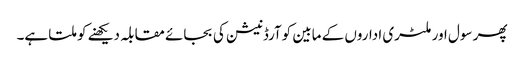
پھر سول اور ملٹری اداروں کے مابین کوآرڈنیشن کی بجائے مقابلہ دیکھنے کو ملتا ہے۔